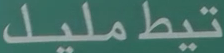
تيطمليل